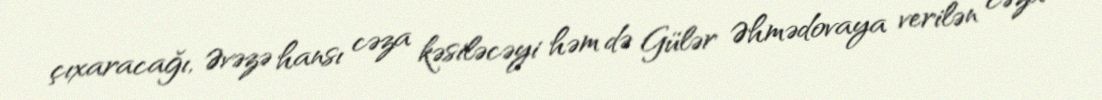
çıxaracağı, Əvəzə hansı cəza kəsiləcəyi həm də Gülər Əhmədovaya verilən cəza